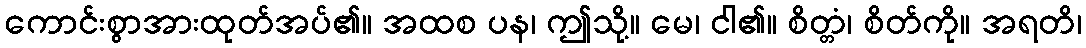
ကောင်းစွာအားထုတ်အပ်၏။ အထစ ပန၊ ဤသို့။ မေ၊ ငါ၏။ စိတ္တံ၊ စိတ်ကို။ အရတိ၊